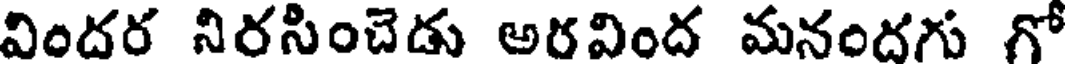
విందర నిరసించెడు అరవింద మనందగు గో